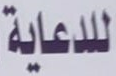
للدعاية